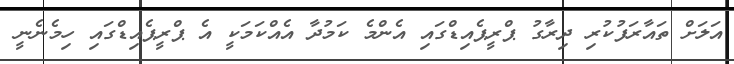
އަލަށް ތައާރަފުކުރި ދިރާގު ޕްރީޕެއިޑްގައި އެންމެ ކަމުދާ އެއްކަމަކީ އެ ޕްރީޕެއިޑްގައި ހިމެނެނީ